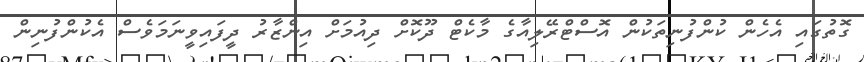
ގޮތުގައި އެހެން ކުންފުނިތަކުން އޮސްޓްރޭލިއާގެ މާކެޓް ދޫކޮށް ދިއުމަށް އިންޒާރު ދީފައިވީނަމަވެސް އެކުންފުނިން